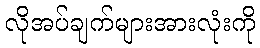
လိုအပ်ချက်များအားလုံးကို